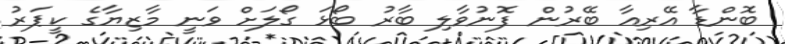
ބޮންޑާ އޭރިއާ ބޭރުން ފޮނުވާލި ބާރު ބޯޅަ ގޯލަށް ވަނީ މާޒިޔާގެ ކީޕަރު